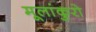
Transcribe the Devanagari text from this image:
मूलांकुरो